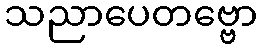
သညာပေတဗ္ဗော